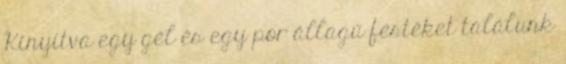
Kinyitva egy gél és egy por állagú festéket találunk